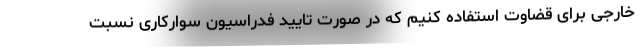
خارجی برای قضاوت استفاده کنیم که در صورت تایید فدراسیون سوارکاری نسبت